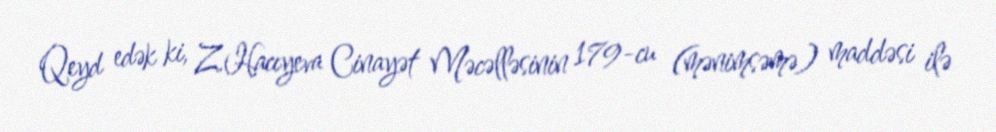
Qeyd edək ki, Z.Hacıyeva Cinayət Məcəlləsinin 179-cu (mənimsəmə) maddəsi ilə